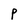
Character: P